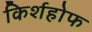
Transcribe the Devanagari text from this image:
किर्शहोफ